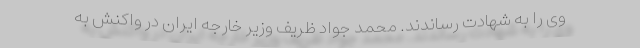
وی را به شهادت رساندند. محمد جواد ظریف وزیر خارجه ایران در واکنش به